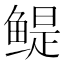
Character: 鳀